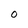
Character: O